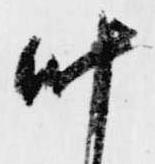
叶